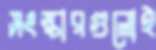
সংস্কারগুলোই